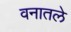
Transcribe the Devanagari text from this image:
वनातले